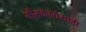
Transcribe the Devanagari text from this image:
गीतकारांसाठी